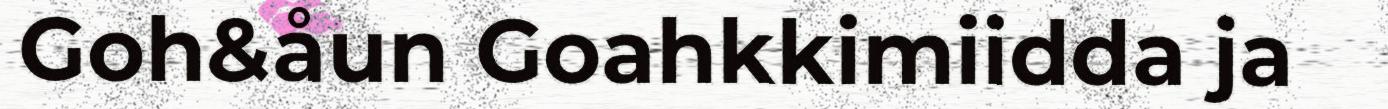
Goh&åun Goahkkimiidda ja